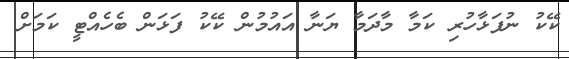
ކޭކު ނުފަޅާހުރި ކަމާ މާދަމާ ޔަނާ އައުމުން ކޭކު ފަޅަން ބެހެއްޓީ ކަމަށް